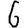
Digit: 6